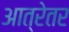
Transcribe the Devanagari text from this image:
आत्रेतर